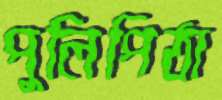
পুলিপিঠা